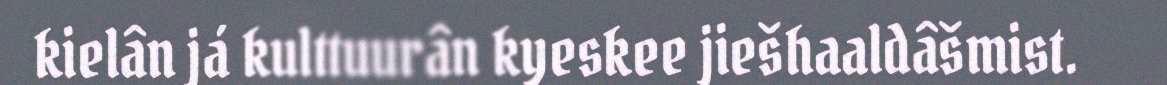
kielân já kulttuurân kyeskee jiešhaaldâšmist.